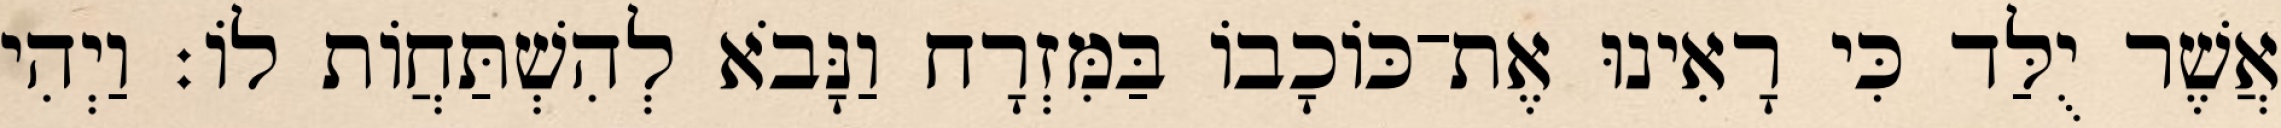
אֲשֶׁר יֻלַּד כִּי רָאִינוּ אֶת־כּוֹכָבוֹ בַּמִּזְרָח וַנָּבֹא לְהִשְׁתַּחֲוֹת לוֹ׃ וַיְהִי